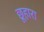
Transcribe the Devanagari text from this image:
छूहारा